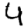
Digit: 4